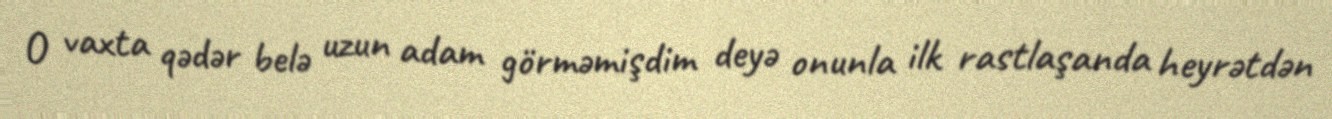
O vaxta qədər belə uzun adam görməmişdim deyə onunla ilk rastlaşanda heyrətdən